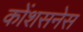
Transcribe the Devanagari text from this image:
कोंशसनेस